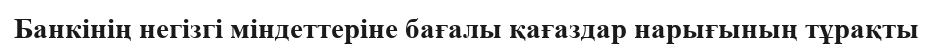
Банкінің негізгі міндеттеріне бағалы қағаздар нарығының тұрақты